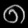
Digit: ၈